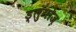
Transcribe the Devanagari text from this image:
ड्लुगोज़